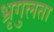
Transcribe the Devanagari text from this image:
भ्रृगुलता